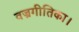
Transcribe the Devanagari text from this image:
वज्रगीतिका।